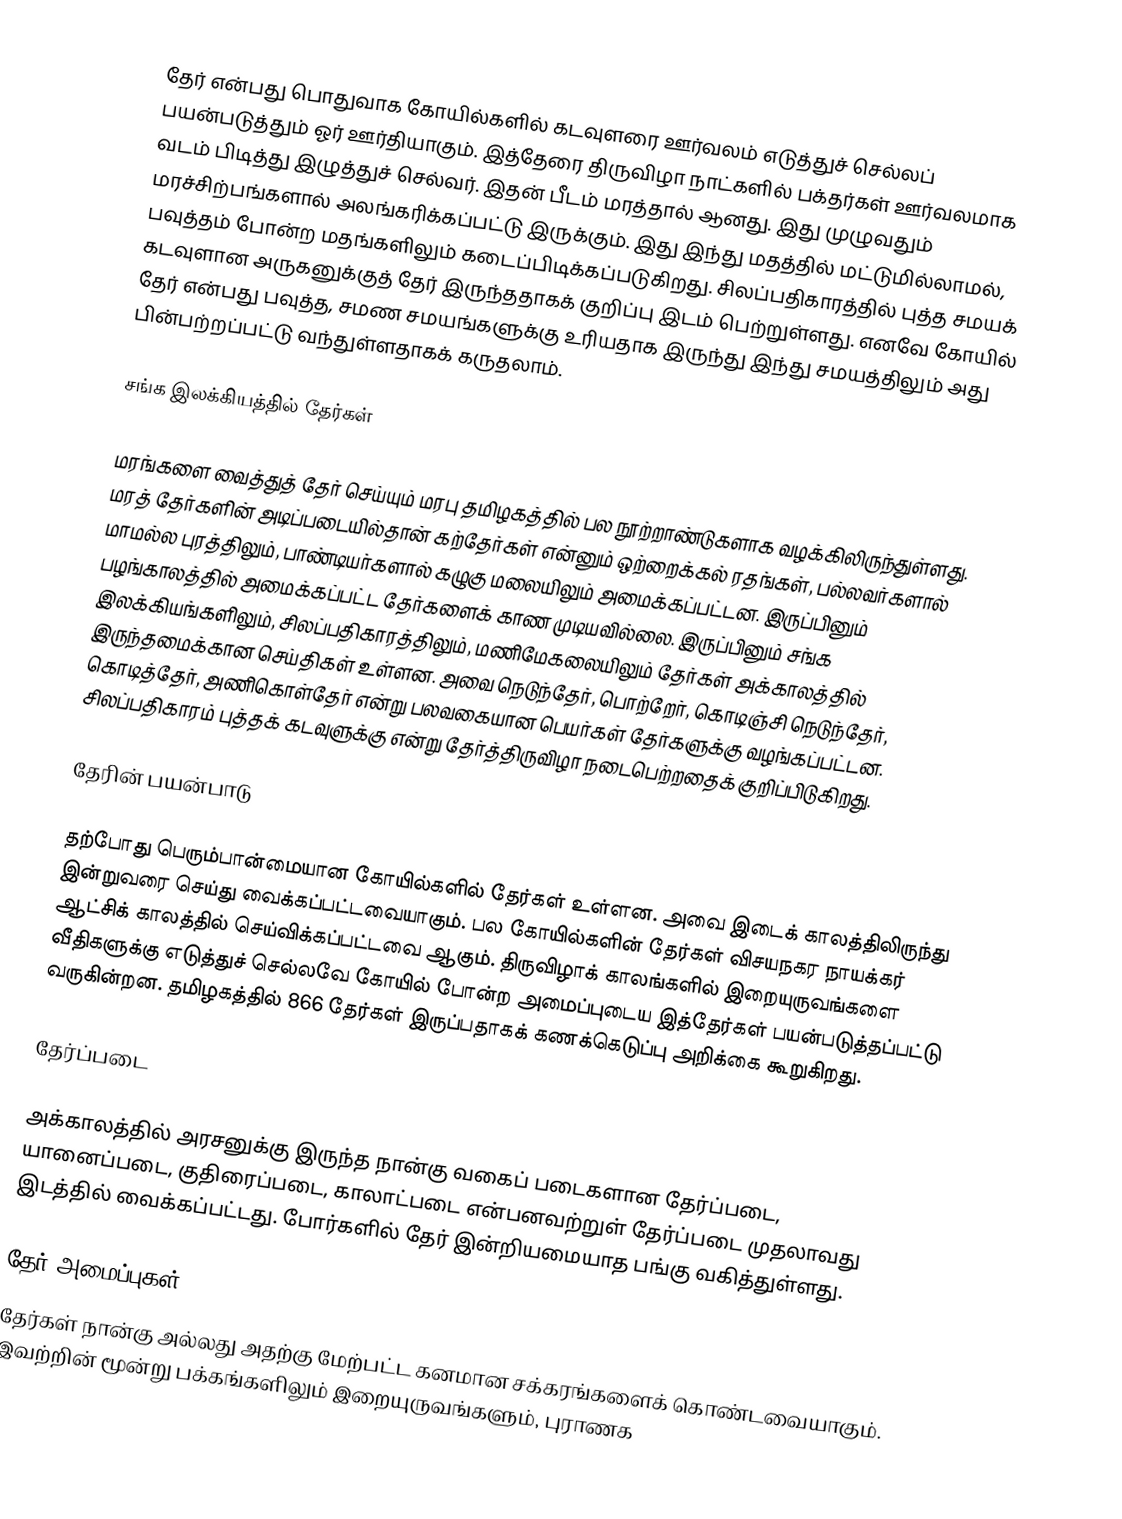
தேர் என்பது பொதுவாக கோயில்களில் கடவுளரை ஊர்வலம் எடுத்துச் செல்லப் பயன்படுத்தும் ஓர் ஊர்தியாகும். இத்தேரை திருவிழா நாட்களில் பக்தர்கள் ஊர்வலமாக வடம் பிடித்து இழுத்துச் செல்வர். இதன் பீடம் மரத்தால் ஆனது. இது முழுவதும் மரச்சிற்பங்களால் அலங்கரிக்கப்பட்டு இருக்கும். இது இந்து மதத்தில் மட்டுமில்லாமல், பவுத்தம் போன்ற மதங்களிலும் கடைப்பிடிக்கப்படுகிறது. சிலப்பதிகாரத்தில் புத்த சமயக் கடவுளான அருகனுக்குத் தேர் இருந்ததாகக் குறிப்பு இடம் பெற்றுள்ளது. எனவே கோயில் தேர் என்பது பவுத்த, சமண சமயங்களுக்கு உரியதாக இருந்து இந்து சமயத்திலும் அது பின்பற்றப்பட்டு வந்துள்ளதாகக் கருதலாம்.

சங்க இலக்கியத்தில் தேர்கள்

மரங்களை வைத்துத் தேர் செய்யும் மரபு தமிழகத்தில் பல நூற்றாண்டுகளாக வழக்கிலிருந்துள்ளது. மரத் தேர்களின் அடிப்படையில்தான் கற்தேர்கள் என்னும் ஒற்றைக்கல் ரதங்கள், பல்லவர்களால் மாமல்ல புரத்திலும், பாண்டியர்களால் கழுகு மலையிலும் அமைக்கப்பட்டன. இருப்பினும் பழங்காலத்தில் அமைக்கப்பட்ட தேர்களைக் காண முடியவில்லை. இருப்பினும் சங்க இலக்கியங்களிலும், சிலப்பதிகாரத்திலும், மணிமேகலையிலும் தேர்கள் அக்காலத்தில் இருந்தமைக்கான செய்திகள் உள்ளன. அவை நெடுந்தேர், பொற்றேர், கொடிஞ்சி நெடுந்தேர், கொடித்தேர், அணிகொள்தேர் என்று பலவகையான பெயர்கள் தேர்களுக்கு வழங்கப்பட்டன. சிலப்பதிகாரம் புத்தக் கடவுளுக்கு என்று தேர்த்திருவிழா நடைபெற்றதைக் குறிப்பிடுகிறது.

தேரின் பயன்பாடு

தற்போது பெரும்பான்மையான கோயில்களில் தேர்கள் உள்ளன. அவை இடைக் காலத்திலிருந்து இன்றுவரை செய்து வைக்கப்பட்டவையாகும். பல கோயில்களின் தேர்கள் விசயநகர நாயக்கர் ஆட்சிக் காலத்தில் செய்விக்கப்பட்டவை ஆகும். திருவிழாக் காலங்களில் இறையுருவங்களை வீதிகளுக்கு எடுத்துச் செல்லவே கோயில் போன்ற அமைப்புடைய இத்தேர்கள் பயன்படுத்தப்பட்டு வருகின்றன. தமிழகத்தில் 866 தேர்கள் இருப்பதாகக் கணக்கெடுப்பு அறிக்கை கூறுகிறது.

தேர்ப்படை

அக்காலத்தில் அரசனுக்கு இருந்த நான்கு வகைப் படைகளான தேர்ப்படை, யானைப்படை, குதிரைப்படை, காலாட்படை என்பனவற்றுள் தேர்ப்படை முதலாவது இடத்தில் வைக்கப்பட்டது. போர்களில் தேர் இன்றியமையாத பங்கு வகித்துள்ளது.

தேர் அமைப்புகள்
தேர்கள் நான்கு அல்லது அதற்கு மேற்பட்ட கனமான சக்கரங்களைக் கொண்டவையாகும். இவற்றின் மூன்று பக்கங்களிலும் இறையுருவங்களும், புராணக